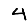
Digit: 4